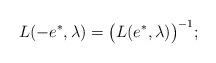
LaTeX: \begin{align*}L(-e^*,\lambda)=\big(L(e^*,\lambda)\big)^{-1};\end{align*}